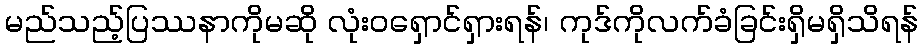
မည်သည့်ပြဿနာကိုမဆို လုံးဝရှောင်ရှားရန်၊ ကုဒ်ကိုလက်ခံခြင်းရှိမရှိသိရန်